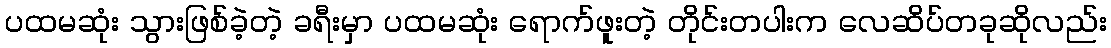
ပထမဆုံး သွားဖြစ်ခဲ့တဲ့ ခရီးမှာ ပထမဆုံး ရောက်ဖူးတဲ့ တိုင်းတပါးက လေဆိပ်တခုဆိုလည်း